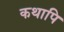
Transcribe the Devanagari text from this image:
कथापि